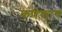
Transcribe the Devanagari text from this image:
कर्णकाय